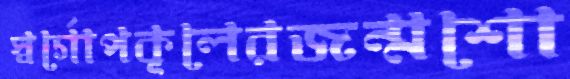
স্বর্গোপকূলেরজন্মশো